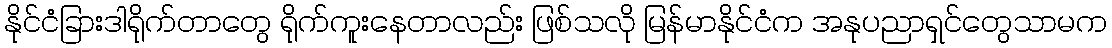
နိုင်ငံခြားဒါရိုက်တာတွေ ရိုက်ကူးနေတာလည်း ဖြစ်သလို မြန်မာနိုင်ငံက အနုပညာရှင်တွေသာမက